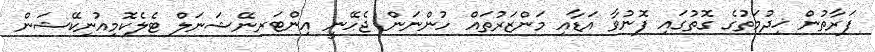
ފަރާތުން ޚިދުމަތުގެ ގޮތުގައި ފޮނުވާ އަޑާއި މަންޒަރުތައް ހުންނަން ޖެހޭނީ އިންޓަރނޭޝަނަލް ޓެލެކޮމިއުނިކޭޝަން